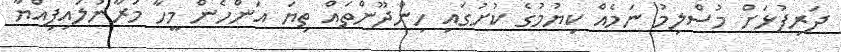
ދަރިފުޅަށް މުސްލިމު ނަމެއް ކިޔުމުގެ ކުށުގައި ހިންދޫންތައް ތިޔަ އަންހެން މީހާ މަރާނުލައިފިއްޔާ